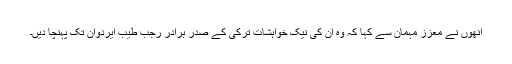
انھوں نے معزز مہمان سے کہا کہ وہ ان کی نیک خواہشات ترکی کے صدر برادر رجب طیب ایردوآن تک پہنچا دیں۔